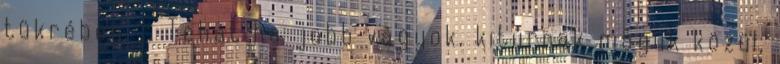
tükrében. - Tehát ha jobb vagyok, kitúrnak maguk közül,